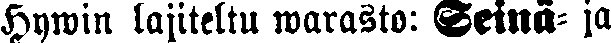
Hywin lajiteltu warasto: Seinä- ja